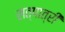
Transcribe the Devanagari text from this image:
सत्पात्रीं